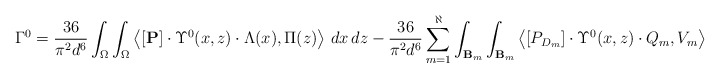
\begin{align*}\Gamma^0=\frac{36}{\pi^2 d^6}\int_{\Omega}\int_{\Omega}\left\langle[\mathbf{P}]\cdot\Upsilon^0(x, z)\cdot \Lambda(x), \Pi(z)\right\rangle\,dx\,dz-\frac{36}{\pi^2 d^6}\sum_{m=1}^{\aleph}\int_{\mathbf{B}_m}\int_{\mathbf{B}_m}\left\langle[P_{D_m}]\cdot\Upsilon^0(x, z)\cdot Q_m, V_m\right\rangle\,dx\,dz,\end{align*}